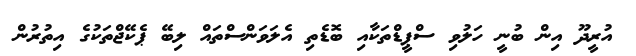
އުރީދޫ އިން ބުނީ ހަލުވި ސްޕީޑްތަކާއި ބޮޑެތި އެލަވަންސްތައް ލިބޭ ޕެކޭޖްތަކުގެ އިތުރުން